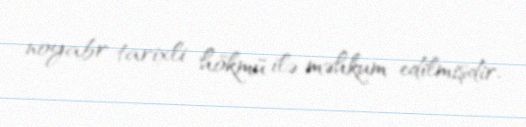
noyabr tarixli hökmü ilə məhkum edilmişdir.